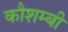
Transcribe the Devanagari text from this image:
कौशम्बी